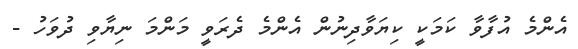
އެންމެ އުފާވާ ކަމަކީ ކިޔަވާދިނުން އެންމެ ދެރަވީ މަންމަ ނިޔާވި ދުވަހު -